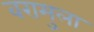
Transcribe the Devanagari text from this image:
वरामुला